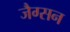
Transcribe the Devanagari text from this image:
जैग्सन